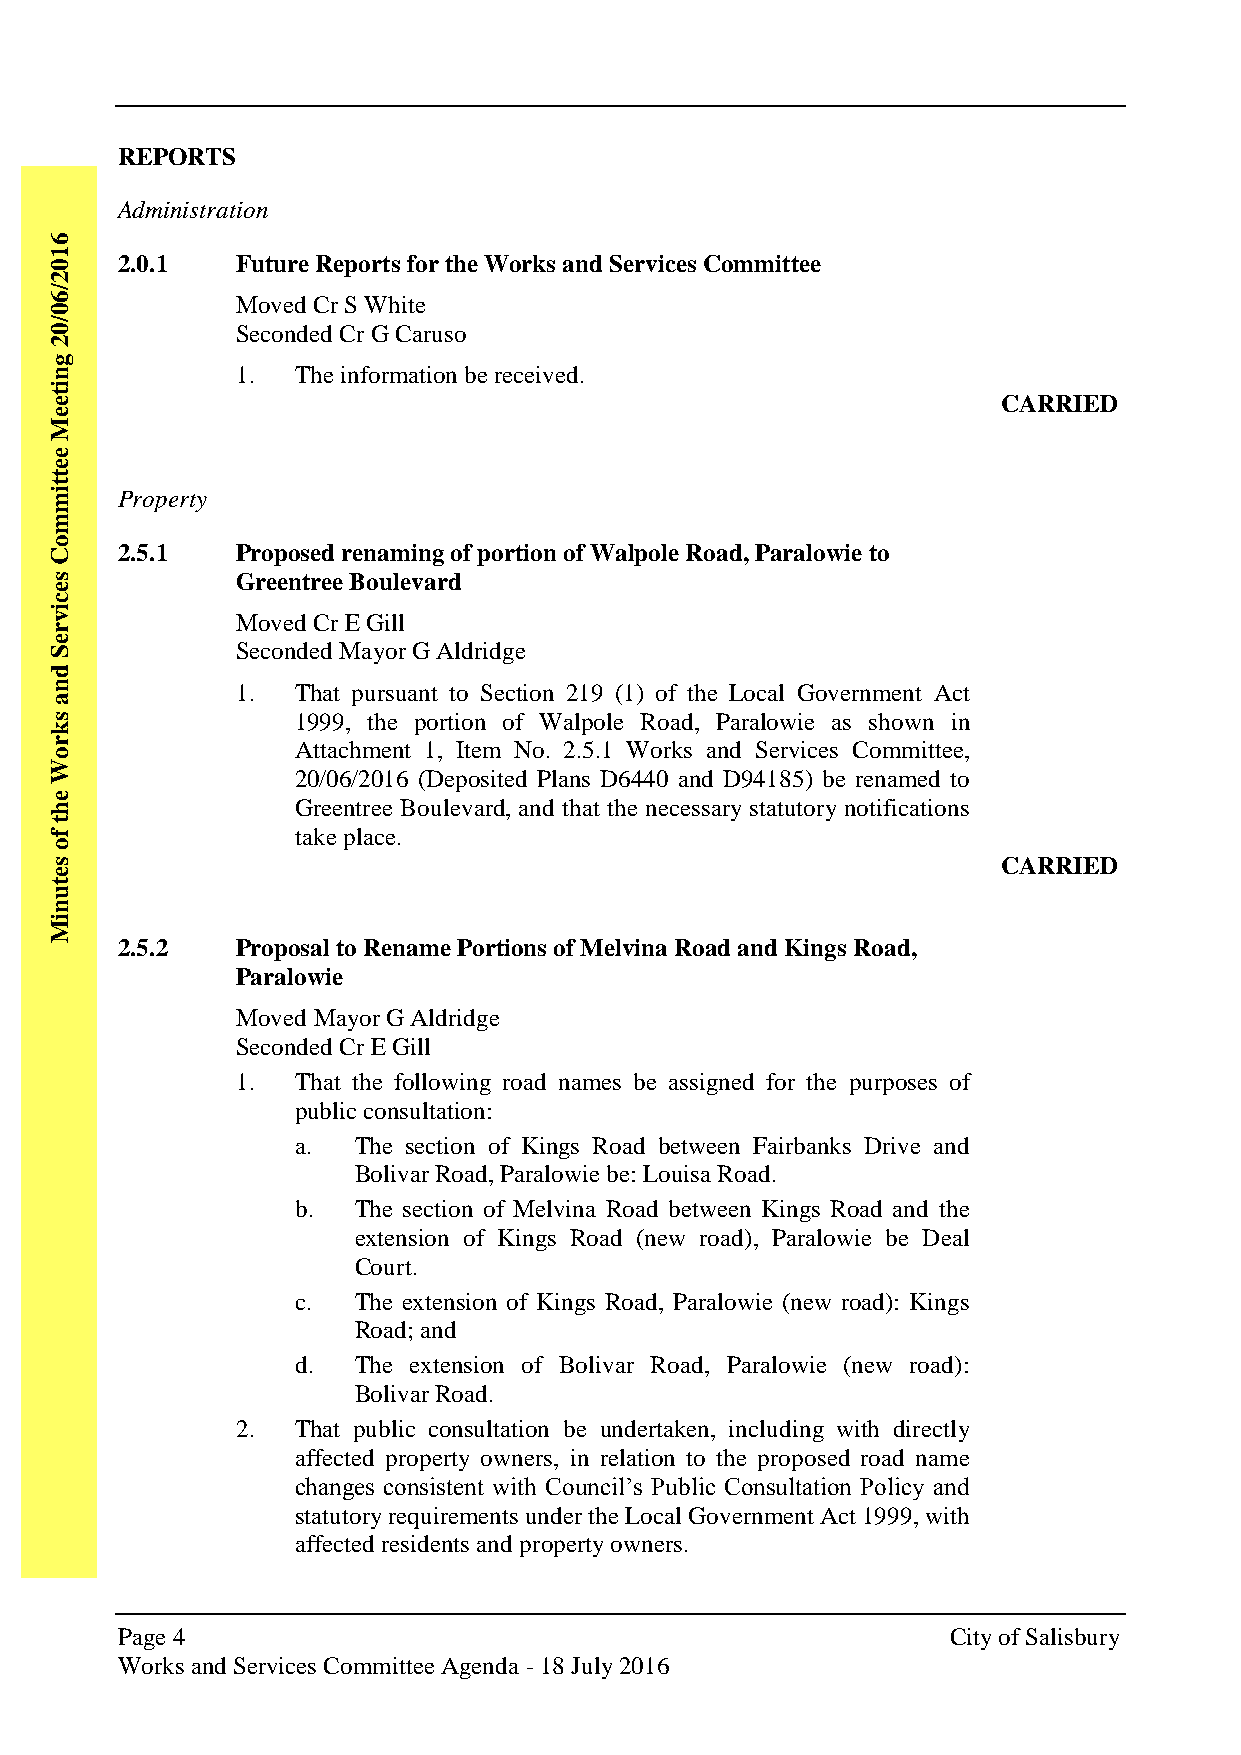
REPORTS
 Administration
 6
 1
 0    2.0.1   Future Reports for the Works and Services Committee
 2
 /
 6            Moved Cr S White
 0
 /
 0            Seconded Cr G Caruso
 2
 g
 n            1.  The information be received.
 i
 t
 e                                                              CARRIED
 e
 M
 e
 e
 t
 t
 i m  Property
 m
 o
 C    2.5.1   Proposed renaming of portion of Walpole Road, Paralowie to
 s            Greentree Boulevard
 e
 c
 i
 v            Moved Cr E Gill
 r
 e
 S            Seconded Mayor G Aldridge
 d
 n            1.  That pursuant to Section 219 (1) of the Local Government Act
 a
 s                1999, the portion of Walpole Road, Paralowie as shown in
 k
 r                Attachment 1, Item No. 2.5.1 Works and Services Committee,
 o
 W
 20/06/2016 (Deposited Plans D6440 and D94185) be renamed to
 e
 h                Greentree Boulevard, and that the necessary statutory notifications
 t
 f                take place.
 o
 s                                                              CARRIED
 e
 t
 u
 n
 i
 M
 2.5.2   Proposal to Rename Portions of Melvina Road and Kings Road,
 Paralowie
 Moved Mayor G Aldridge
 Seconded Cr E Gill
 1.  That the following road names be assigned for the purposes of
 public consultation:
 a. The section of Kings Road between Fairbanks Drive and
 Bolivar Road, Paralowie be: Louisa Road.
 b. The section of Melvina Road between Kings Road and the
 extension of Kings Road (new road), Paralowie be Deal
 Court.
 c. The extension of Kings Road, Paralowie (new road): Kings
 Road; and
 d. The extension of Bolivar Road, Paralowie (new road):
 Bolivar Road.
 2.  That public consultation be undertaken, including with directly
 affected property owners, in relation to the proposed road name
 changes consistent with Council’s Public Consultation Policy and
 statutory requirements under the Local Government Act 1999, with
 affected residents and property owners.
 Page 4                                                 City of Salisbury
 Works and Services Committee Agenda - 18 July 2016